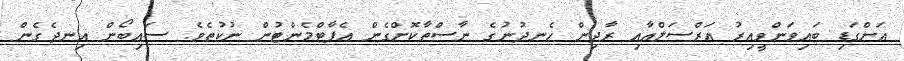
އަށްގަޑި ބައިވަންވީއިރު އަރްސަލްއާއި ރާދިން ހެނދުނުގެ ނާސްތާކޮށްގެން އެޕާޓްމެންޓުން ނުކުތެވެ. ސައިބޯން އިނދެގެން